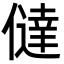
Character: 㒓